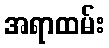
အရာထမ်း